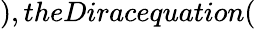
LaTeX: ),theDiracequation(